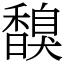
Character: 𩡗